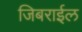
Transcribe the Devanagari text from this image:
जिबराईल